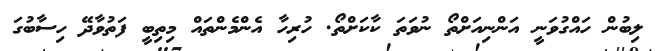
ލިބުން ހައްގުވަނީ އަންނިއަށްތޯ ނުވަތަ ކާކަށްތޯ. ހުރިހާ އެންމެންތައް މިތިބީ ފަތުވާދޭ ހިސާބުގަ